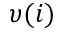
\upsilon ( i )